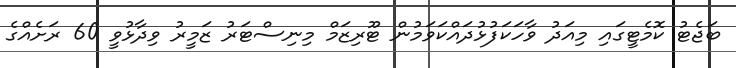
ބަޖެޓު ކޮމެޓީގައި މިއަދު ވާހަކަފުޅުދައްކަވަމުން ޓޫރިޒަމް މިނިސްޓަރު ޒަމީރު ވިދާޅުވީ 60 ރަށެއްގެ